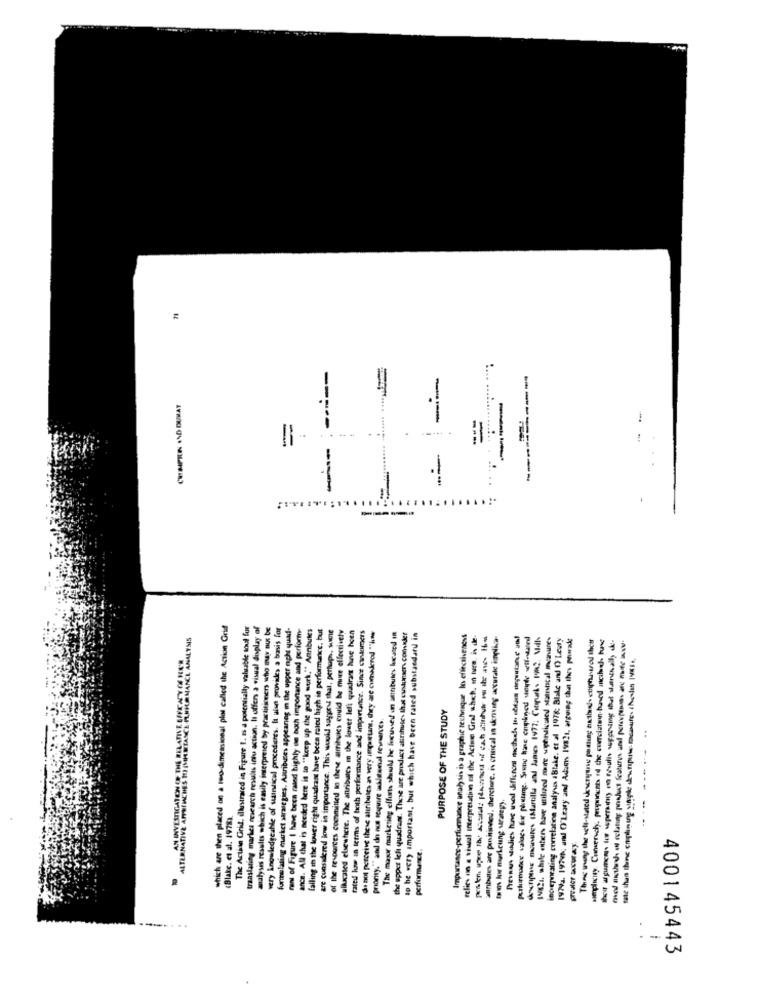
--
------
CHIMPREIN AND DUMAY
--
--
--
which are then placed on a two-dimensional plot called the Action Grid
The Actie Grid. illustrated in Figure 1. 15 a potentially valuable toul fur
translating market research results intu action. It offers a visual display of
analysis results which is easily interpreied by practitioners who mar nut be
very knowledgeable of saintical procederes. It ulan provides a basis for
formulating market strategies. Auribuses appeanos in the upper ncht quad-
rans of Figure I have been rated highly the both importance and perform-
arca. All chat is needed here is to ""keep up the good work." Annbules
falling in the lower right quadrast have been rated high in performance. but
are considered low in importance. This would suggest that, perhaps, Wie
ulluxated elsewhere. The attributes in the lower left quadrant hune hoen
how an terms of both performance and importance. Since candomers
ALTERNATIVE APPREICHES 1) (MM BITANCE PLNHUR MANCL ANALYSIS
of the resources committed in these atribuies could be more effectively
do mol perceive these attributes an very important, they are comedorod "he
The maxw marketing effort should be focused on attributes lucaned in
the upper leli quadrant. These are product atinshutc- Ihat custunser consider
to be very important, but which have been rated substandard in
Importance-perfumnance analysis is a graphic technique los effectiveness
etlies on a viual interpretation of the Active Grad which in turn in de.
sanbutes are positioned. thercture, is critical in denving accurate implica-
porturmance valac- fix phitting. Sound hase cmpkned werde well-tired
deurpour muares (Martilla and James 1977: Cupurl Im? With
inceporating crerelating analyse aBlake. et al 1978: Blake and O'Leary
IVNa. 197Vk; and O'Leary and Adam 19821, arguing that the pourade
Theme song the well-slated descryune posting nathal- captured the
Menplicity. Cumeruchy. proponents id the cuerolatwin-buned anciles bune
----- --- -- --
med much of chting poulet features nl peram
PURPOSE OF THE STUDY
priority,"and do nus require akistenal feverces.
(Blakc. et al. 1978).
perforunce.
---
-
400145443